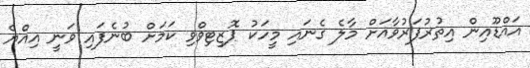
އައްޑޫއިން އިތުރުފަރުވާއަށް މާލެ ގެނައި މީހަކު ޕޮޒިޓިވްވި ކަމަށް ބުނެފައި ވަނީ އިއްޔެ